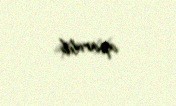
aparılıb.